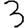
Digit: 3